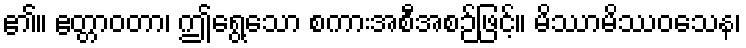
၏။ ဧတ္တာဝတာ၊ ဤရွေ့သော စကားအစီအစဉ်ဖြင့်။ မိဿာမိဿဝသေန၊